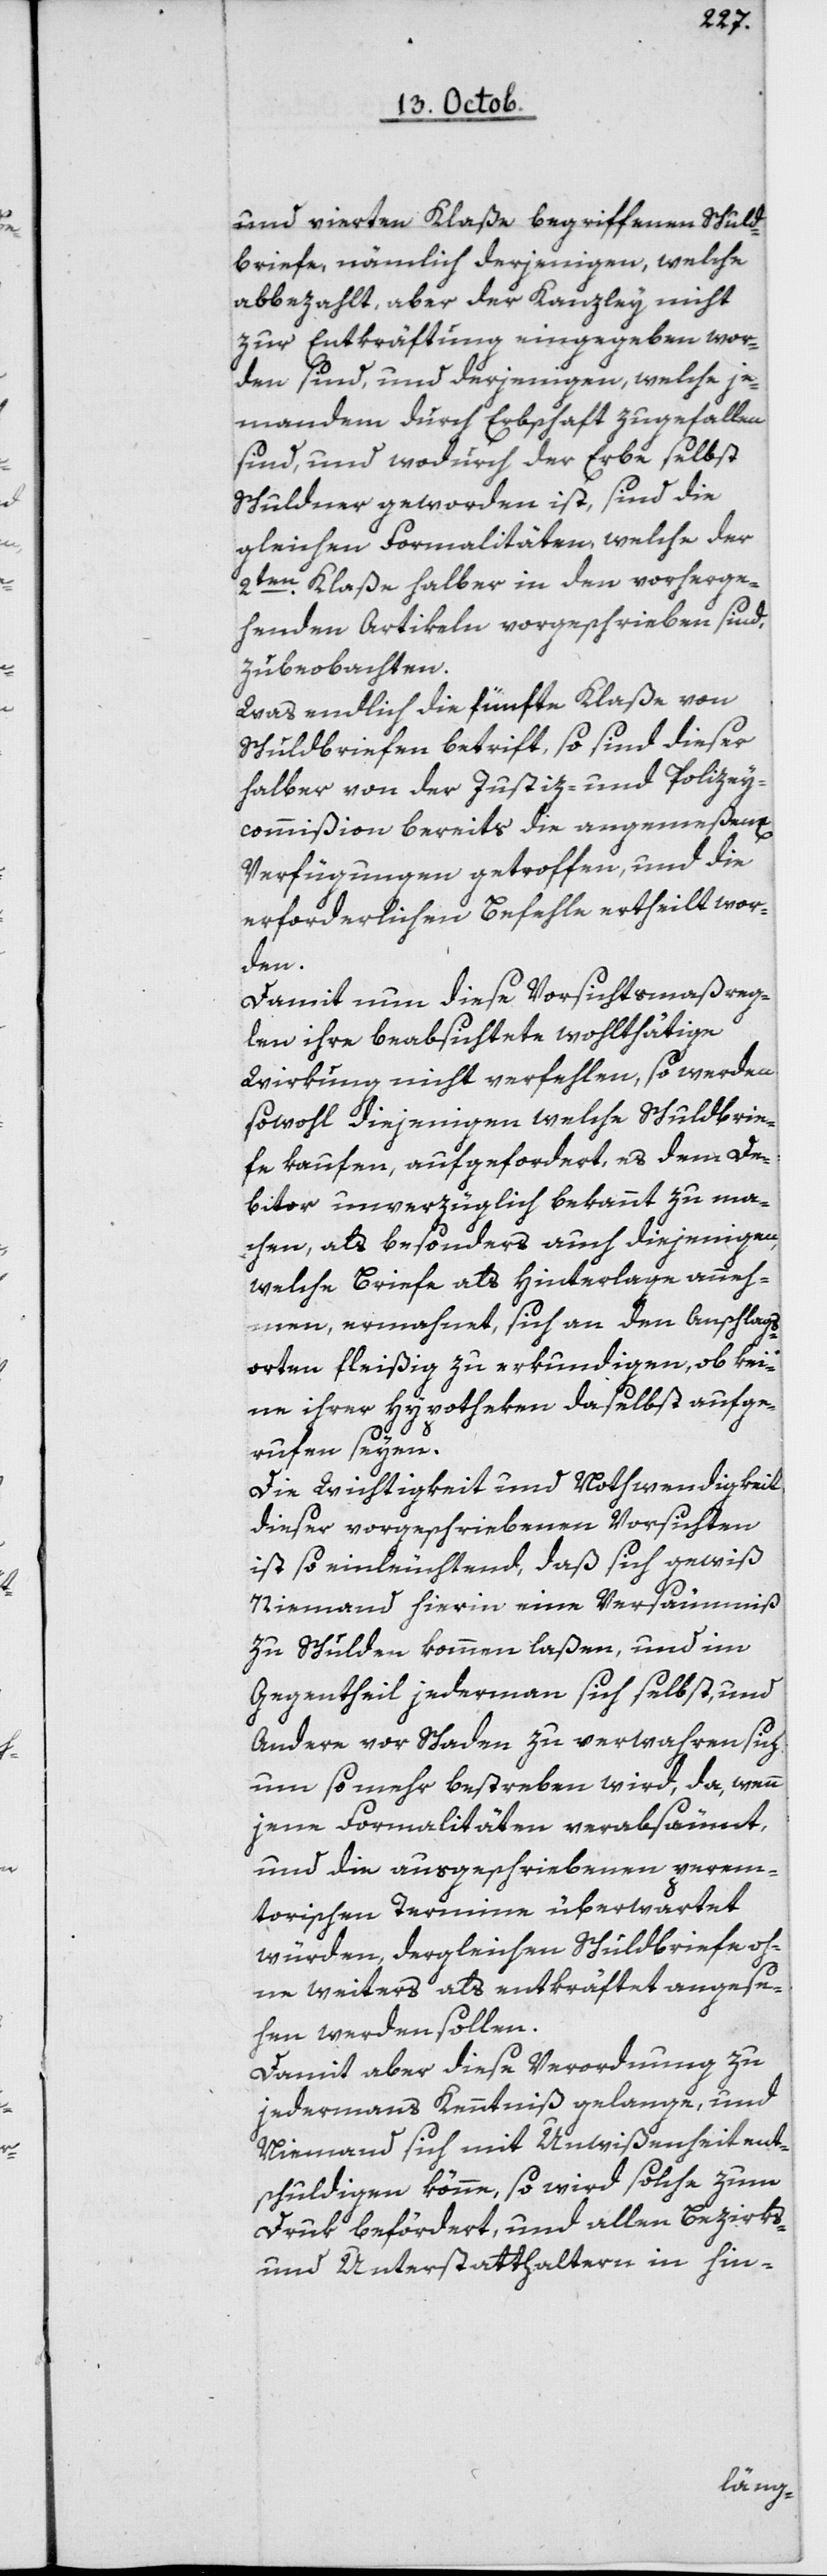
und vierten Klaße begriffenen Schuld¬
briefe, nämlich derjenigen, welche
abbezahlt, aber der Kanzley nicht
zur Entkräftung eingegeben wor¬
den sind, und derjenigen, welche je¬
mandem durch Erbschaft zugefallen
sind, und wodurch der Erbe selbst
Schuldner geworden ist, sind die
gleichen Formalitäten, welche der
2ten Klaße halber in den vorherge¬
henden Artikeln vorgeschrieben sind,
zu beobachten.
Was endlich die fünfte Klaße von
Schuldbriefen betrift, so sind dieser
halber von der Justiz- und Polizey¬
commißion bereits die angemeßenen
Verfügungen getroffen, und die
erforderlichen Befehle ertheilt wor¬
den.
Damit nun diese Vorsichtsmaßrege¬
ln ihre beabsichtete wohlthätige
Wirkung nicht verfehlen, so werden
sowohl diejenigen welche Schuldbrie¬
fe kaufen, aufgefordert, es dem De¬
bitor unverzüglich bekannt zu ma¬
chen, als besonders auch diejenigen,
welche Briefe als Hinterlage anneh¬
men, ermahnet, sich an den Anschlags¬
orten fleißig zu erkundigen, ob kei¬
ne ihrer Hypotheken daselbst aufge¬
rufen seyen.
Die Wichtigkeit und Nothwendigkeit
dieser vorgeschriebenen Vorsichten
ist so einleuchtend, daß sich gewiß
niemand hierin eine Versäumniß
zu Schulden kommen laßen, und im
Gegentheil jedermann sich selbst und
andern vor Schaden zu verwahren, sich
um so mehr bestreben wird, da, wenn
jene Formalitäten verabsäumt,
und die ausgeschriebenen perem¬
torischen Termine überwartet
würden, dergleichen Schuldbriefe oh¬
ne weiteres als entkräftet angese¬
hen werden sollen.
Damit aber diese Verordnung zu
jedermanns Kenntniß gelange, und
niemand sich mit Unwißenheit ent¬
schuldigen könne, so wird solche zum
Druk befördert, und allen Bezirks-
und Unterstatthaltern in hin-